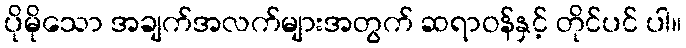
ပိုမိုသော အချက်အလက်များအတွက် ဆရာဝန်နှင့် တိုင်ပင် ပါ။